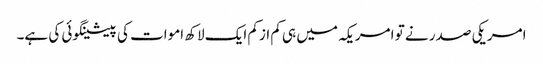
امریکی صدر نے تو امریکہ میں ہی کم ازکم ایک لاکھ اموات کی پیشینگوئی کی ہے۔